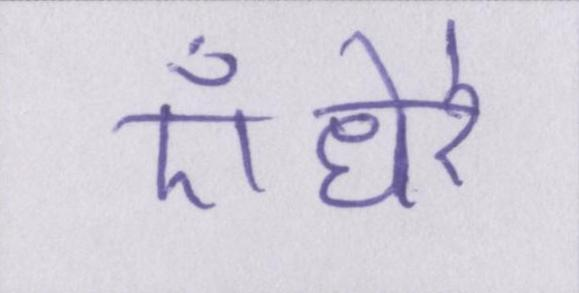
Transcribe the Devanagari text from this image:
ऍंधेरे